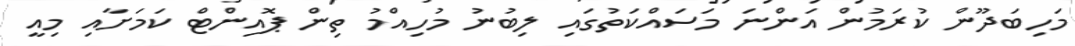
މަހިބަދޫން ކުރަމުން އަންނަ މަސައްކަތުގައި ލިބުނު މުހިއްމު ތިން ޕޮއިންޓް ކަމަށާއި މިއީ